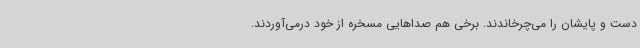
دست و پایشان را می‌چرخاندند. برخی هم صداهایی مسخره از خود درمی‌آوردند.